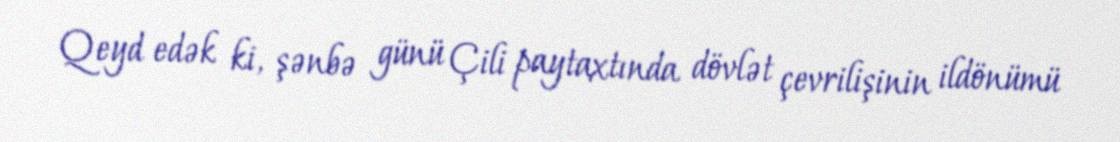
Qeyd edək ki, şənbə günü Çili paytaxtında dövlət çevrilişinin ildönümü